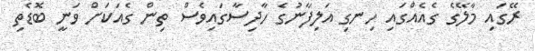
ރޭގައި މާލޭގެ ގެއެއްގައި ހިނގި އަލިފާނުގެ ހާދިސާގައިވެސް ތިން ގެއަކަށް ވަނީ ބޮޑެތި